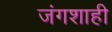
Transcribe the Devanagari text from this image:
जंगशाही